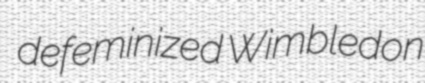
defeminized Wimbledon